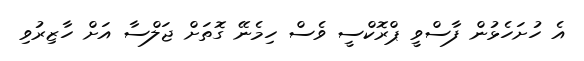
އެ ހުށަހެޅުން ފާސްވީ ޕްރޮކްސީ ވެސް ހިމެނޭ ގޮތަށް ޖަލްސާ އަށް ހާޒިރުވި